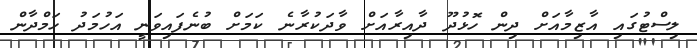
ލިސްޓުގައި އާޒިމާއަށް ދިން ހޮޅުދޫ ދާއިރާއަށް ވާދަކުރާނެ ކަމަށް ބުނެފައިވަނީ އަހުމަދު ހަމްދާން